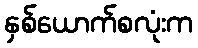
နှစ်ယောက်စလုံးက